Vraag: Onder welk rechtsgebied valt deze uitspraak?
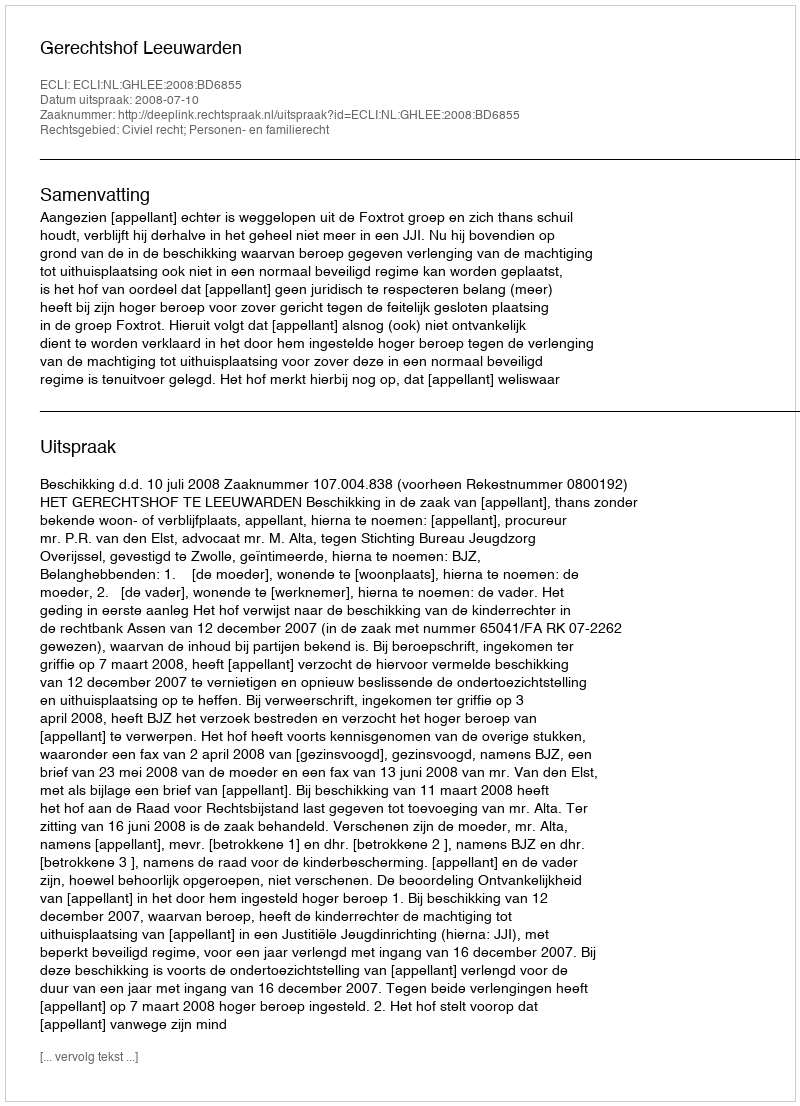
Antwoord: Civiel recht; Personen- en familierecht